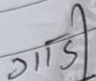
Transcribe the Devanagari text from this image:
गाडी